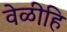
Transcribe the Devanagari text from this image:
वेळीहि